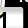
Digit: 1